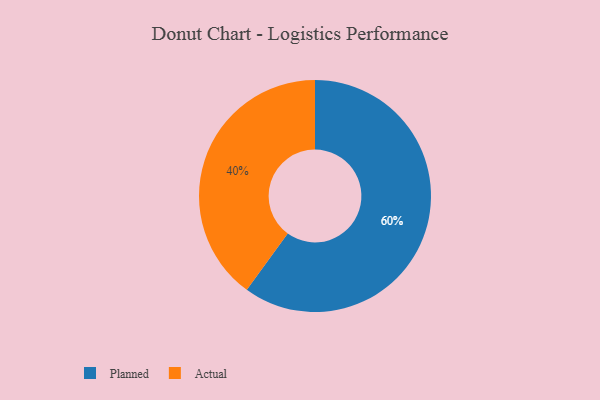
{"axis": {"x": "Category", "y": "Percentage"}, "legend": ["Actual", "Planned"], "data": [{"x": "Planned", "y": 60, "type": "Planned"}, {"x": "Actual", "y": 40, "type": "Actual"}]}